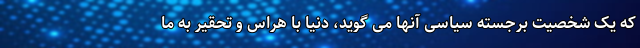
که یک شخصیت برجسته سیاسی آنها می گوید، دنیا با هراس و تحقیر به ما